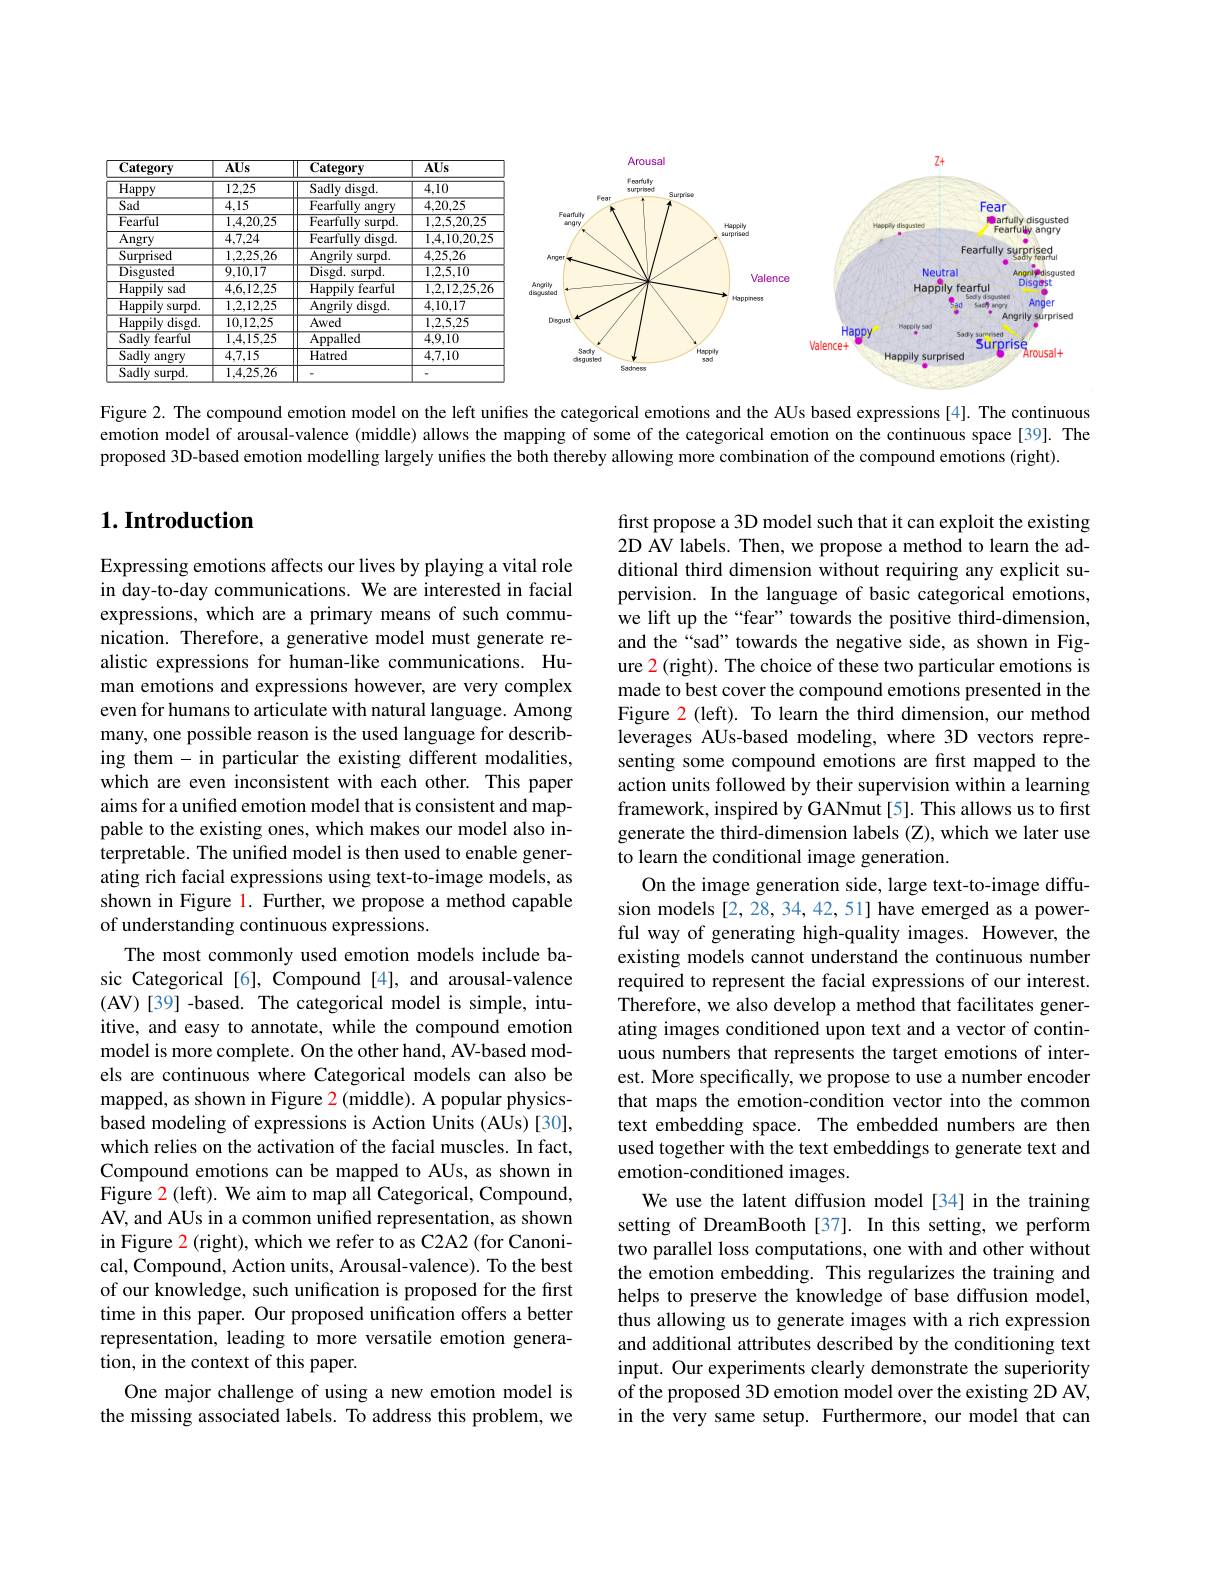
<FigureHere>

Figure 2. The compound emotion model on the left unifies the categorical emotions and the AUs based expressions [4]. The continuous emotion model of arousal-valence (middle) allows the mapping of some of the categorical emotion on the continuous space[39]. The proposed 3D-based emotion modelling largely unifies the both thereby allowing more combination of the compound emotions (right).

## $1. \textbf{Introduction}$

first propose a 3D model such that it can exploit the existing 2D AV labels. Then, we propose a method to learn the additional third dimension without requiring any explicit supervision. In the language of basic categorical emotions, we lift up the “fear” towards the positive third-dimension, and the“sad” towards the negative side, as shown in Figure 2 (right). The choice of these two particular emotions is made to best cover the compound emotions presented in the Figure $\color{red}2$ (left). To learn the third dimension, our method leverages AUs-based modeling, where 3D vectors representing some compound emotions are first mapped to the action units followed by their supervision within a learning framework, inspired by GANmut[5]. This allows us to first generate the third-dimension labels (Z), which we later use to learn the conditional image generation.
On the image generation side, large text-to-image diffusion models[2,28,34,42,51] have emerged as a powerful way of generating high-quality images. However, the existing models cannot understand the continuous number required to represent the facial expressions of our interest. Therefore, we also develop a method that facilitates generating images conditioned upon text and a vector of continuous numbers that represents the target emotions of interest. More specifically, we propose to use a number encoder that maps the emotion-condition vector into the common text embedding space. The embedded numbers are then used together with the text embeddings to generate text and emotion-conditioned images.
We use the latent diffusion model[34] in the training setting of DreamBooth [37]. In this setting, we perform two parallel loss computations, one with and other without the emotion embedding. This regularizes the training and helps to preserve the knowledge of base diffusion model, thus allowing us to generate images with a rich expression and additional attributes described by the conditioning text input. Our experiments clearly demonstrate the superiority of the proposed 3D emotion model over the existing 2D AV, in the very same setup. Furthermore, our model that can

Expressing emotions affects our lives by playing a vital role in day-to-day communications. We are interested in facial expressions, which are a primary means of such communication. Therefore, a generative model must generate realistic expressions for human-like communications. Human emotions and expressions however, are very complex even for humans to articulate with natural language. Among many, one possible reason is the used language for describing them- in particular the existing different modalities, which are even inconsistent with each other. This paper aims for a unified emotion model that is consistent and mappable to the existing ones, which makes our model also interpretable. The unified model is then used to enable generating rich facial expressions using text-to-image models, as shown in Figure l. Further, we propose a method capable of understanding continuous expressions.
The most commonly used emotion models include basic Categorical [6], Compound [4], and arousal-valence (AV)[39] -based. The categorical model is simple, intuitive, and easy to annotate, while the compound emotion model is more complete. On the other hand, AV-based models are continuous where Categorical models can also be mapped, as shown in Figure 2 (middle). A popular physicsbased modeling of expressions is Action Units (AUs) [30], which relies on the activation of the facial muscles. In fact, Compound emotions can be mapped to AUs, as shown in Figure $\color{red}2$ (left). We aim to map all Categorical, Compound, AV, and AUs in a common unifed representation, as shown in Figure 2 (right), which we refer to as C2A2 (for Canonical, Compound, Action units, Arousal-valence). To the best of our knowledge, such unification is proposed for the first time in this paper. Our proposed unification offers a better representation, leading to more versatile emotion genera- $\hat{\text{tion, in the context of this paper.}}$
One major challenge of using a new emotion model is the missing associated labels. To address this problem, we